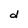
Character: d